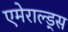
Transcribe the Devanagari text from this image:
एमेराल्ड्स